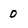
Character: 0